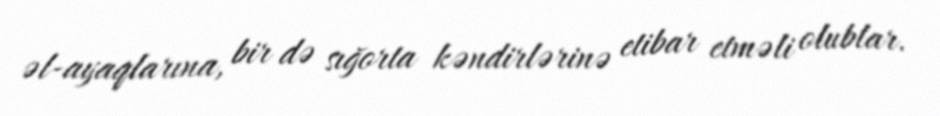
əl-ayaqlarına, bir də sığorta kəndirlərinə etibar etməli olublar.